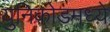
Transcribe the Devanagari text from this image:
युनिकोडमध्‍ये